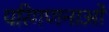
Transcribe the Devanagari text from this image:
परिगणनाओं